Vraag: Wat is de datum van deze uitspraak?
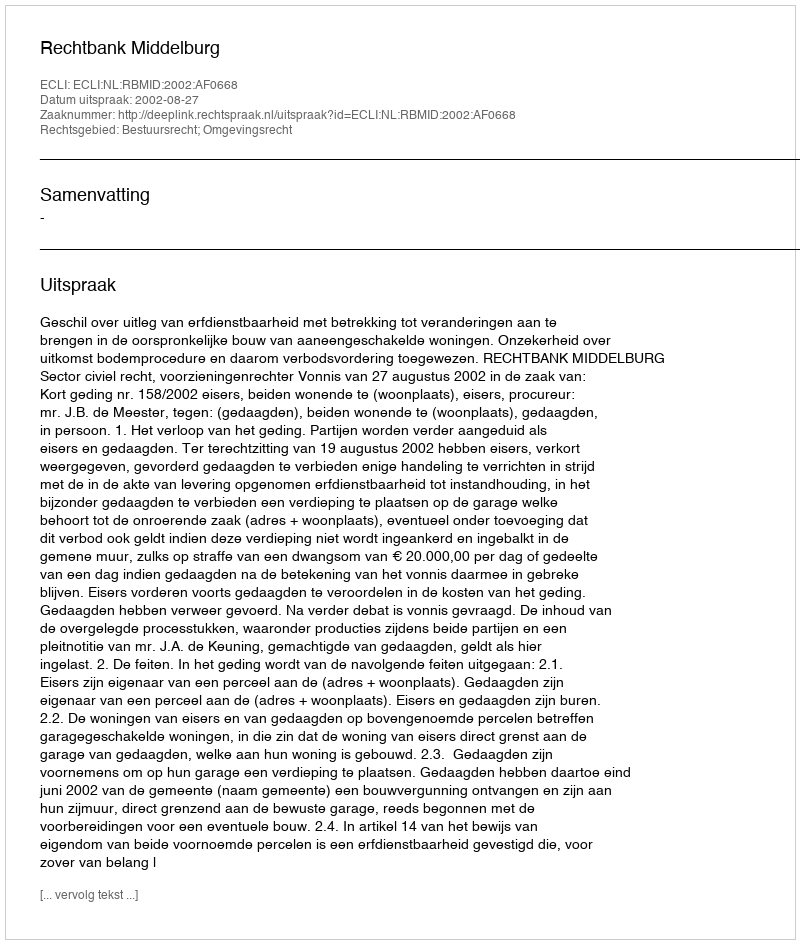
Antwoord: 2002-08-27